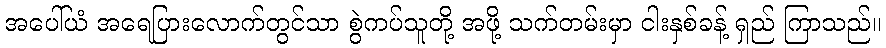
အပေါ်ယံ အရေပြားလောက်တွင်သာ စွဲကပ်သူတို့ အဖို့ သက်တမ်းမှာ ငါးနှစ်ခန့် ရှည် ကြာသည်။